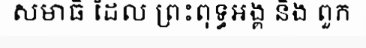
សមាធិ ដែល ព្រះពុទ្ធអង្គ និង ពួក